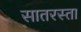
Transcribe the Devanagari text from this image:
सातरस्ता